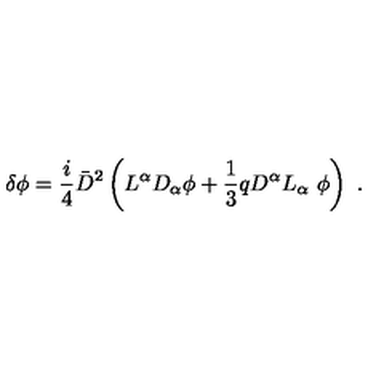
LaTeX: \delta \phi = \frac { i } { 4 } { \bar { D } } ^ { 2 } \left( L ^ { \alpha } D _ { \alpha } \phi + \frac { 1 } { 3 } q D ^ { \alpha } L _ { \alpha } \ \phi \right) \ .